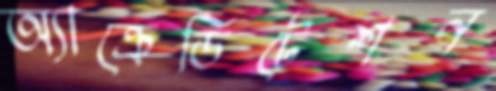
অ্যাক্রেডিটেশন